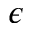
\epsilon